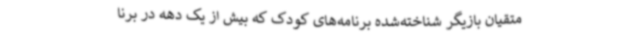
متقیان بازیگر شناخته‌شده برنامه‌های کودک که بیش از یک دهه در برنا